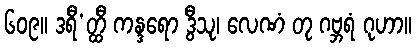
၆၀၉။ ဒရီ’တ္ထီ ကန္ဒရော ဒွီသု၊ လေဏံ တု ဂဗ္ဘရံ ဂုဟာ။